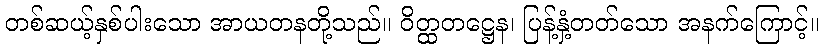
တစ်ဆယ့်နှစ်ပါးသော အာယတနတို့သည်။ ဝိတ္ထတဋ္ဌေန၊ ပြန့်နှံ့တတ်သော အနက်ကြောင့်။